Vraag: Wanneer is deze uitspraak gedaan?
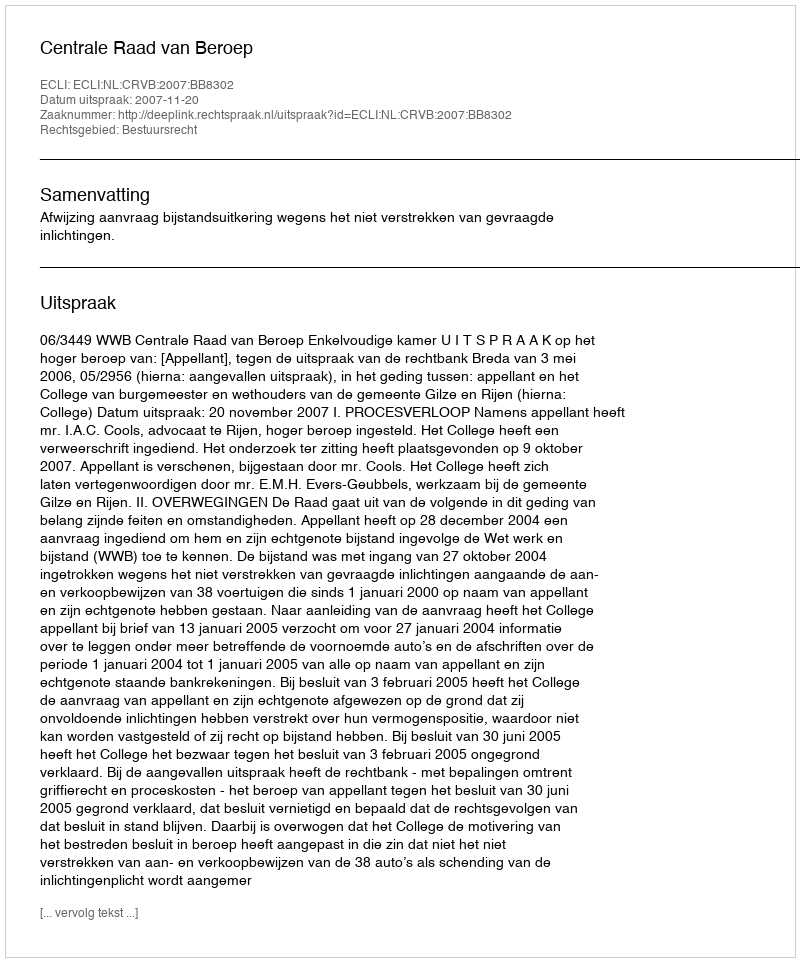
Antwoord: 2007-11-20